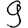
Digit: 9